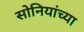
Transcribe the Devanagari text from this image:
सोनियांच्या